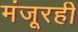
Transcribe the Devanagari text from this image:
मंजूरही